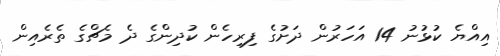
އިއްޔެ ކުޅުނު 14 އަހަރުން ދަށުގެ ފިރިހެން ކުދިންގެ ދެ މެޗްގެ ތެރެއިން